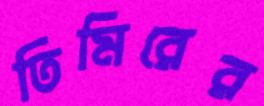
তিমিরের